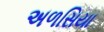
અળસિયા